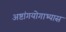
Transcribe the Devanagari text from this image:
अष्टांगयोगाभ्यास